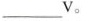
___V。